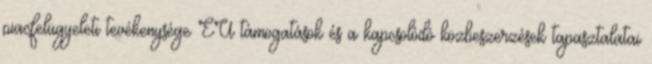
piacfelügyeleti tevékenysége EU támogatások és a kapcsolódó közbeszerzések tapasztalatai